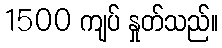
1500 ကျပ် နှုတ်သည်။